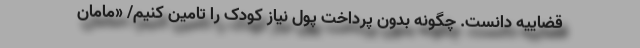
قضاییه دانست. چگونه بدون پرداخت پول نیاز کودک را تامین کنیم/ «مامان